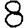
Digit: 8